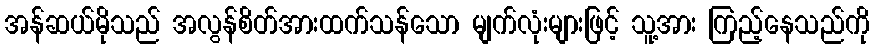
အန်ဆယ်မိုသည် အလွန်စိတ်အားထက်သန်သော မျက်လုံးများဖြင့် သူ့အား ကြည့်နေသည်ကို